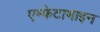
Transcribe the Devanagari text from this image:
एम्फेटामाइन